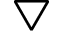
\bigtriangledown